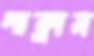
পাক্‌লান